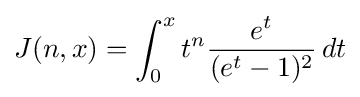
J(n,x)=\int _{0}^{x}t^{n}{\frac {e^{t}}{(e^{t}-1)^{2}}}\,dt